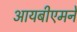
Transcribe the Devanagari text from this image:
आयबीएमने